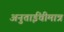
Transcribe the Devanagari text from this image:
अनुताईंचीमात्र